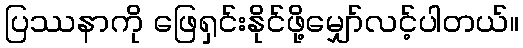
ပြဿနာကို ဖြေရှင်းနိုင်ဖို့မျှော်လင့်ပါတယ်။